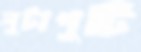
লুটাপুটি